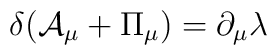
\delta ({\cal A}_{\mu} + {\Pi}_{\mu}) = \partial_{\mu} \lambda